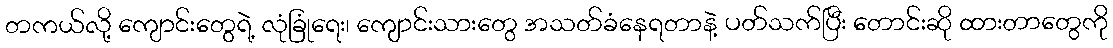
တကယ်လို့ ကျောင်းတွေရဲ့ လုံခြုံရေး၊ ကျောင်းသားတွေ အသတ်ခံနေရတာနဲ့ ပတ်သက်ပြီး တောင်းဆို ထားတာတွေကို